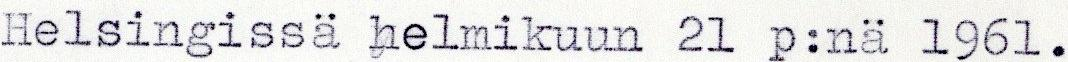
Helsingissä helmikuun 2l p:nä 196l.